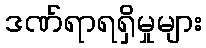
ဒဏ်ရာရရှိမှုများ